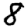
Digit: 8